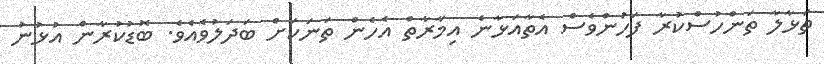
ތަޅާލާ ތަންހުސްކުރާ ފަހުންވެސް އެތާއަޅާނެ އިމާރާތް އެހެން ތަނަކަށް ބަދަލުވެއެވެ. ބޮޑުކުރާން އުޅުނު